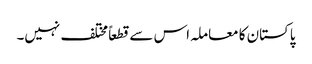
پاکستان کا معاملہ اس سے قطعاً مختلف نہیں۔